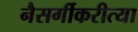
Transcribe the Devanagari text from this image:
नैसर्गीकरीत्या